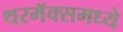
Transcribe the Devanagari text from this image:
थरमॅक्समध्ये